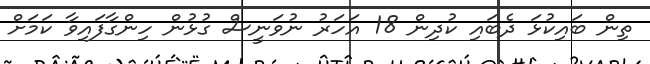
ތިން ބައިކުޅަ ދެބައި ކުދިން 18 އަހަރު ނުވަނީސް ގުޅުން ހިންގާފައިވާ ކަމަށް